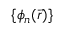
\{ \phi _ { \mathfrak { n } } ( \vec { r } ) \}